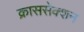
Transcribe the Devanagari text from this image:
क्राससेक्शन